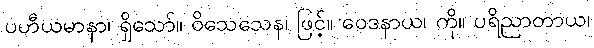
ပဟီယမာနာ၊ ရှိသော်။ ဝိသေသေန၊ ဖြင့်။ ဝေဒနာယ၊ ကို။ ပရိညာတာယ၊